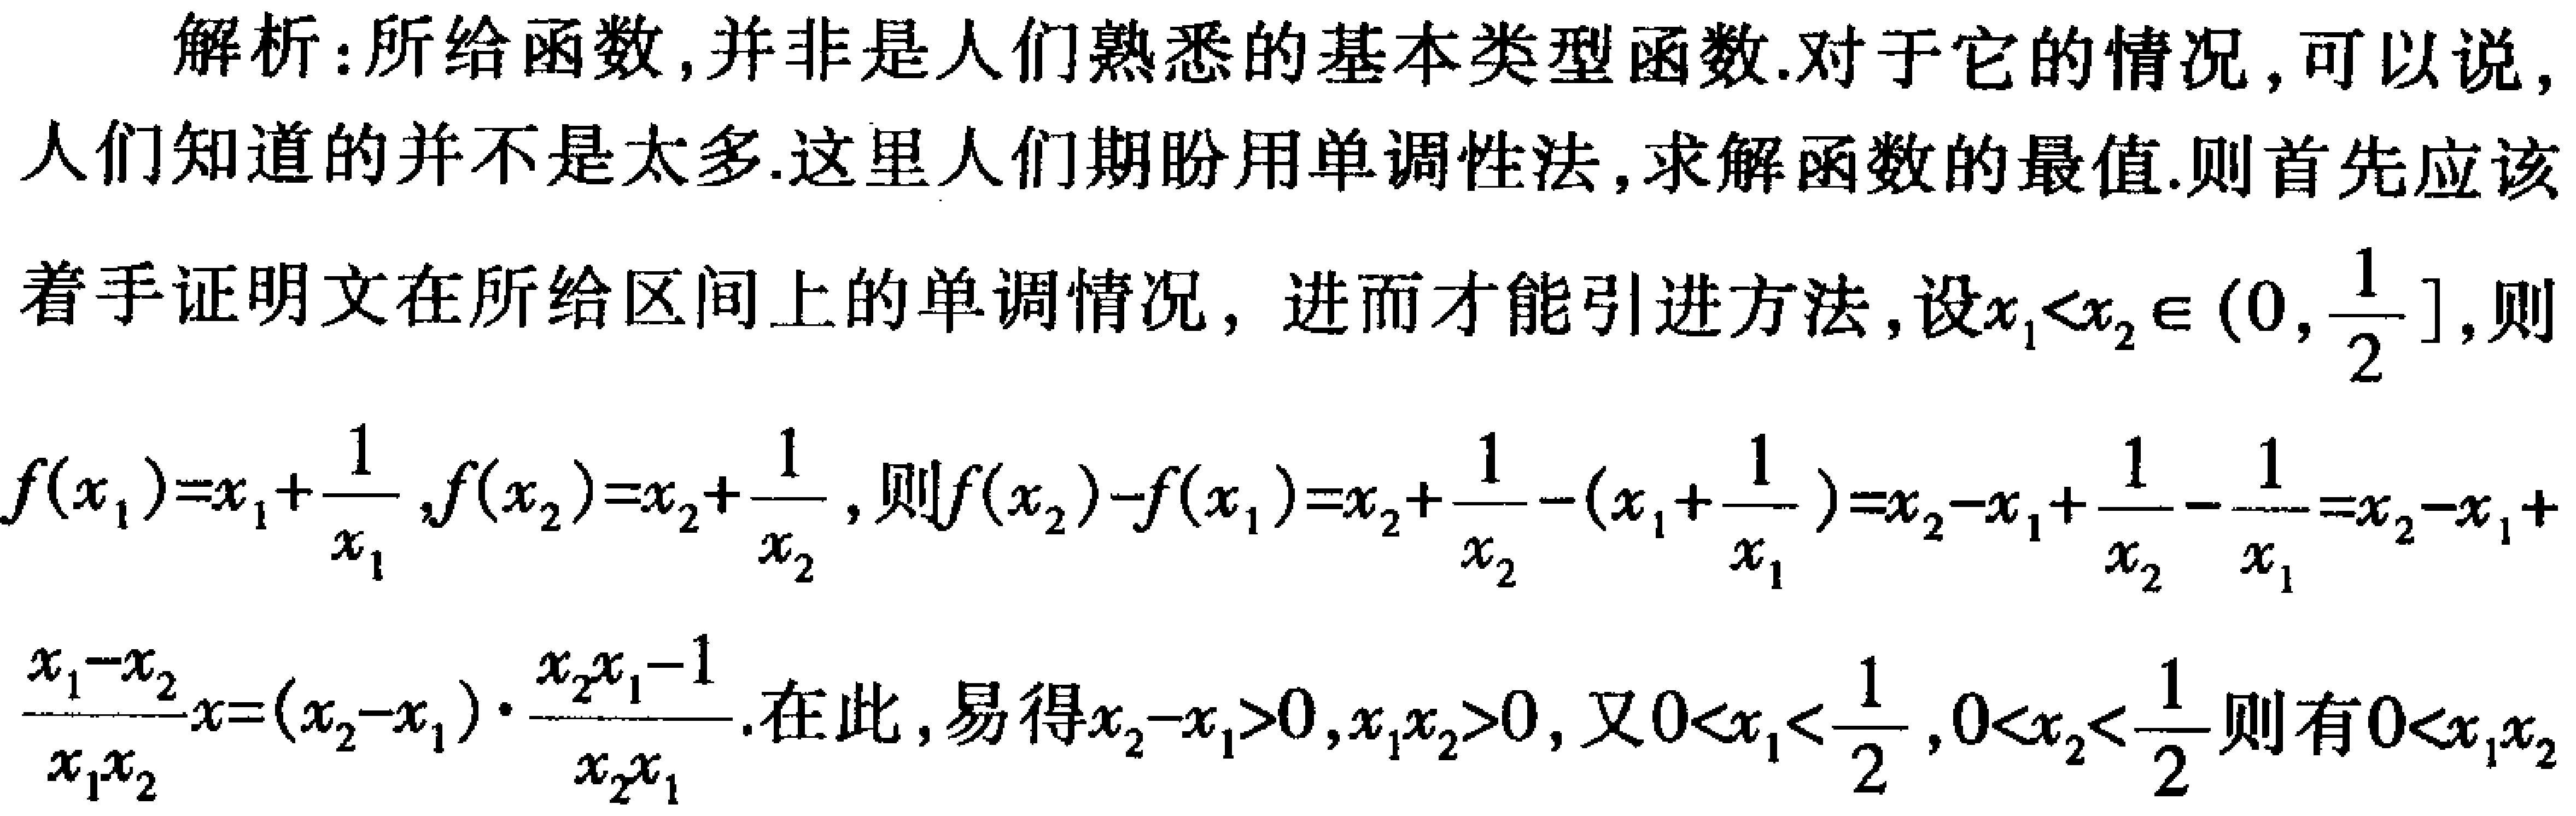
解析：所给函数,并非是人们熟悉的基本类型函数.对于它的情况,可以说,人们知道的并不是太多.这里人们期盼用单调性法,求解函数的最值.则首先应该着手证明文在所给区间上的单调情况, 进而才能引进方法,设\(x_{1}<x_{2}\in(0,\frac{1}{2}]\),则
\(f(x_{1}) = x_{1}+\frac{1}{x_{1}},f(x_{2}) = x_{2}+\frac{1}{x_{2}}\),则\(f(x_{2})-f(x_{1})=x_{2}+\frac{1}{x_{2}}-(x_{1}+\frac{1}{x_{1}})=x_{2}-x_{1}+\frac{1}{x_{2}}-\frac{1}{x_{1}}=x_{2}-x_{1}+\)
\(\frac{x_{1}-x_{2}}{x_{1}x_{2}}=(x_{2}-x_{1})\cdot\frac{x_{2}x_{1}-1}{x_{2}x_{1}}\).在此,易得\(x_{2}-x_{1}>0,x_{1}x_{2}>0\),又\(0<x_{1}<\frac{1}{2},0<x_{2}<\frac{1}{2}\)则有\(0<x_{1}x_{2}\)